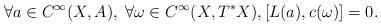
LaTeX: \begin{align*}\forall a \in C^\infty(X,A), \; \forall \omega \in C^\infty(X,T^\ast X), [L(a),c(\omega)] = 0.\end{align*}